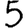
Digit: 5